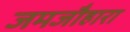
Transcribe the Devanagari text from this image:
जमजौहारा